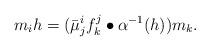
LaTeX: \begin{align*}m_{i}h=(\bar{\mu}^{i}_jf^j_k\bullet\alpha^{-1}(h))m_k.\end{align*}